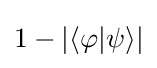
1-|\langle \varphi |\psi \rangle |